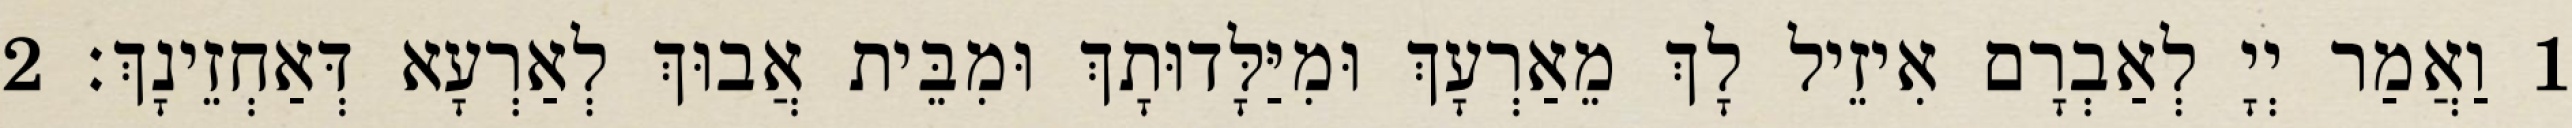
1 וַאֲמַר יְיָ לְאַבְרָם אִיזֵיל לָךְ מֵאַרְעָךְ וּמִיַּלָּדוּתָךְ וּמִבֵּית אֲבוּךְ לְאַרְעָא דְּאַחְזֵינָךְ׃ 2